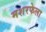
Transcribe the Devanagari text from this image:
मशरफेला